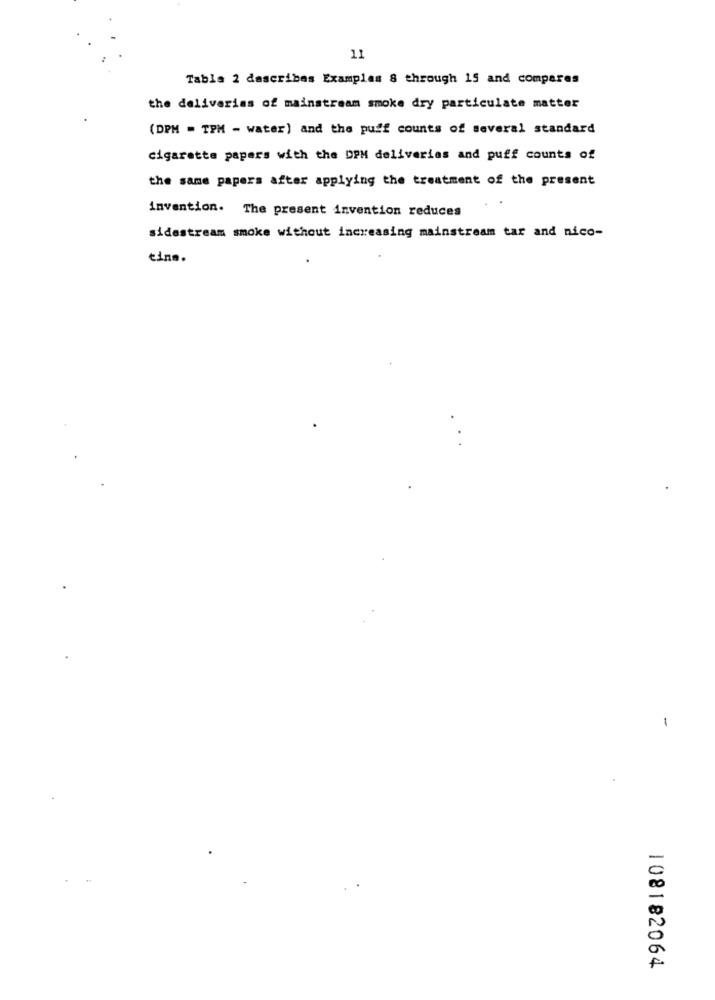
11
Tabla 2 describes Examples & through 15 and compares
the deliveries of mainstream smoke dry particulate matter
(DPH = TPM - water) and the puff counts of several standard
cigarette papers with the DPM deliveries and puff counts of
the same papers after applying the treatment of the present
invention. The present invention reduces
sidestream smoke without increasing mainstream tar and nico-
eine.
108182064